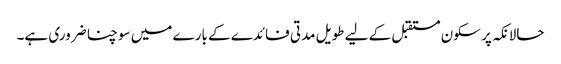
حالانکہ پر سکون مستقبل کے لیے طویل مدتی فائدے کے بارے میں سوچنا ضروری ہے۔